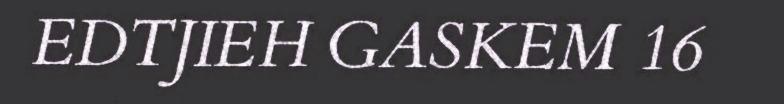
EDTJIEH GASKEM 16